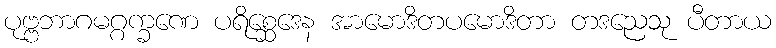
ပုဗ္ဗဘာဂမဂ္ဂက္ခဏေ ပရိစ္ဆေဒေန အာမောဒိတပမောဒိတာ တဒညေသု ပီတာယ